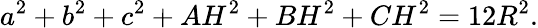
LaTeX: a^{2}+b^{2}+c^{2}+AH^{2}+BH^{2}+CH^{2}=12R^{2}.